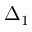
\Delta _ { 1 }